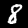
Digit: 8